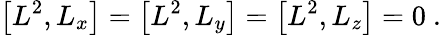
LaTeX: \left[L^{2},L_{x}\right]=\left[L^{2},L_{y}\right]=\left[L^{2},L_{z}\right]=0~.